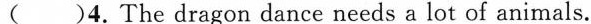
( )4.The dragon dance needs a lot of animals.